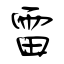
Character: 雷